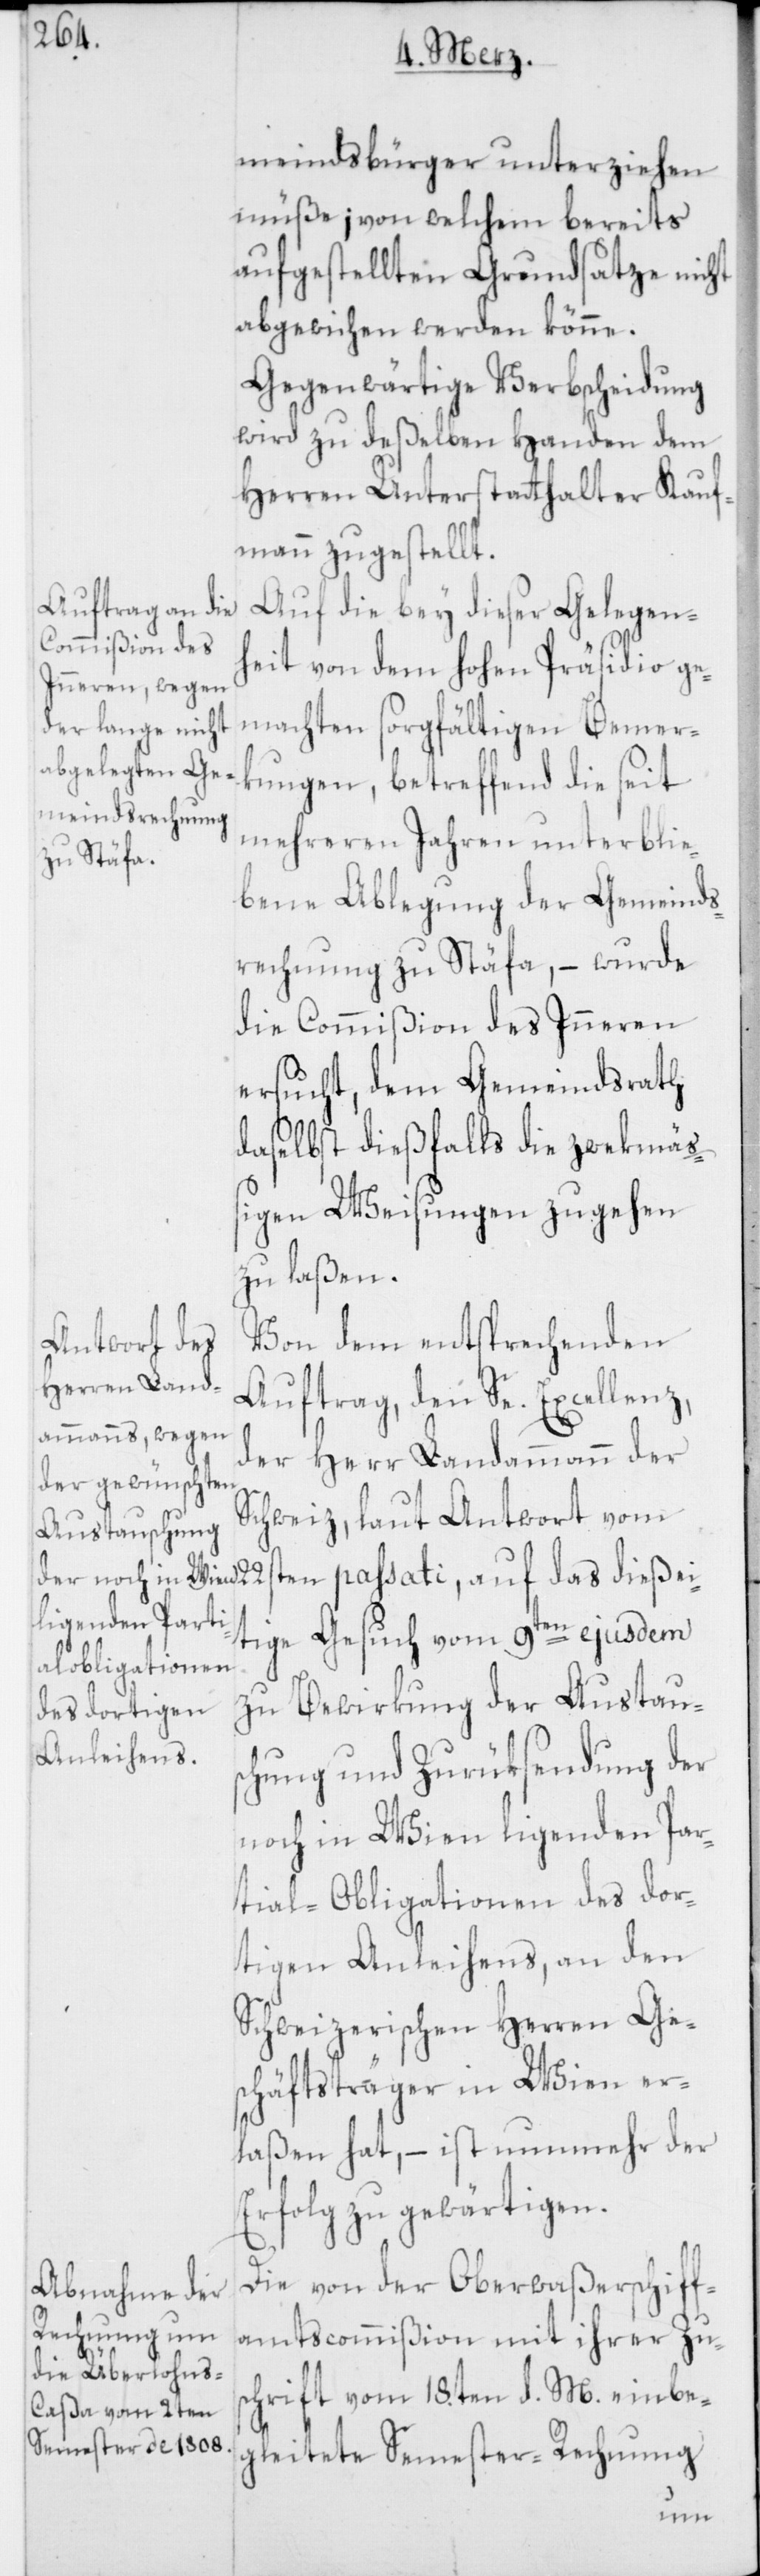
meindsbürger unterziehen
müße; von welchem bereits
aufgestellten Grundsatze nicht
abgewichen werden könne.
Gegenwärtige Verbscheidung
wird zu deßelben Handen dem
Herren Unterstatthalter Kauf¬
mann zugestellt.
Auf die bey dieser Gelegen¬
heit von dem hohen Präsidio ge¬
machten sorgfältigen Bemer¬
kungen, betreffend die seit
mehreren Jahren unterblie¬
bene Ablegung der Gemeinds¬
rechnung zu Stäfa, – wurde
die Commißion des Inneren
ersucht, dem Gemeindsrath
daselbst dießfalls die zwekmäß¬
igen Weisungen zugehen
zu laßen.
Von dem entsprechenden
Auftrag, den Se. Excellenz,
der Herr Landammann der
Schweiz, laut Antwort vom
tige Gesuch vom 9ten ejusdem
zu Bewirkung der Austaus¬
chung und Zurüksendung der
noch in Wien ligenden Par¬
tial-Obligationen des dor¬
tigen Anleihens, an den
Schweizerischen Herren Ge¬
schäftsträger in Wien er¬
laßen hat, – ist nunmehr der
Erfolg zu gewärtigen.
Die von der Oberwaßerschiff¬
amtscommißion mit ihrer Zu¬
schrift vom 18ten d. M. einbe¬
gleitete Semester-Rechnung
dießei¬